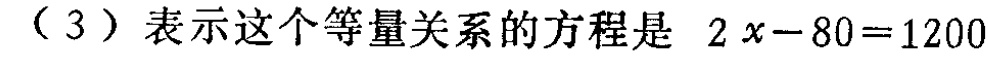
（3）表示这个等量关系的方程是 \(2x - 80 = 1200\)